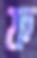
ফ